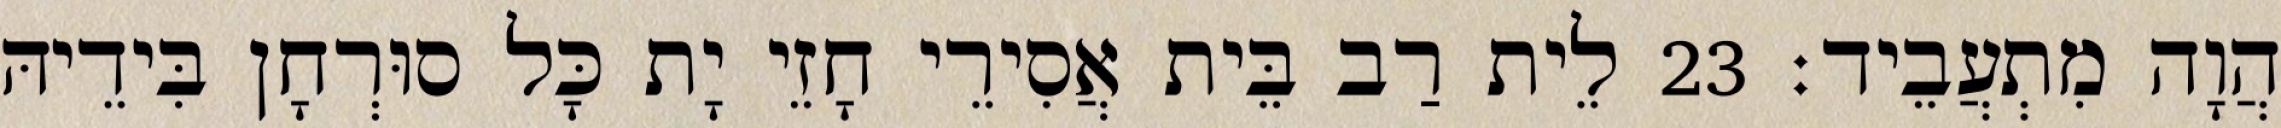
הֲוָה מִתְעֲבֵיד׃ 23 לֵית רַב בֵּית אֲסִירֵי חָזֵי יָת כָּל סוּרְחָן בִּידֵיהּ